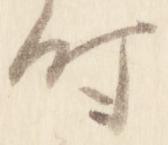
時